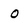
Character: 0